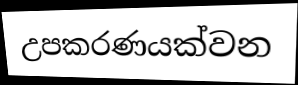
උපකරණයක්වන